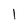
Character: l